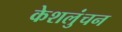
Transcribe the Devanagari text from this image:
केशलुंचन